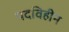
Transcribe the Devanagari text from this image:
पदविहीन